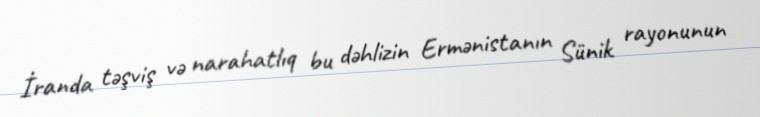
İranda təşviş və narahatlıq bu dəhlizin Ermənistanın Sünik rayonunun